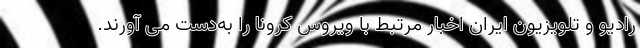
رادیو و تلویزیون ایران اخبار مرتبط با ویروس کرونا را به‌دست می­ آورند.